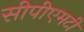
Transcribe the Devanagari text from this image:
सीपीएमटी